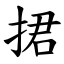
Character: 捃